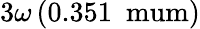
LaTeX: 3\omega\left(0.351\ \mathrm{\ mum}\right)